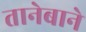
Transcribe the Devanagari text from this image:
तानेबाने